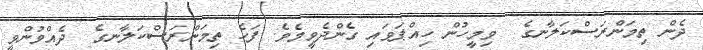
ދެން ތިމަންރަސްކަލާނގެ  ވިމީހުން ހިއްޕަވައި ގެންދެވީމެވެ. ފަހެ ތިމަންރަސްކަލާނގެ  ދެއްވުންވީ